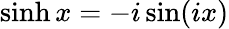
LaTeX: \sinh x=-i\sin(ix)